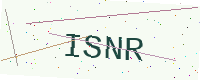
Text: ISNR